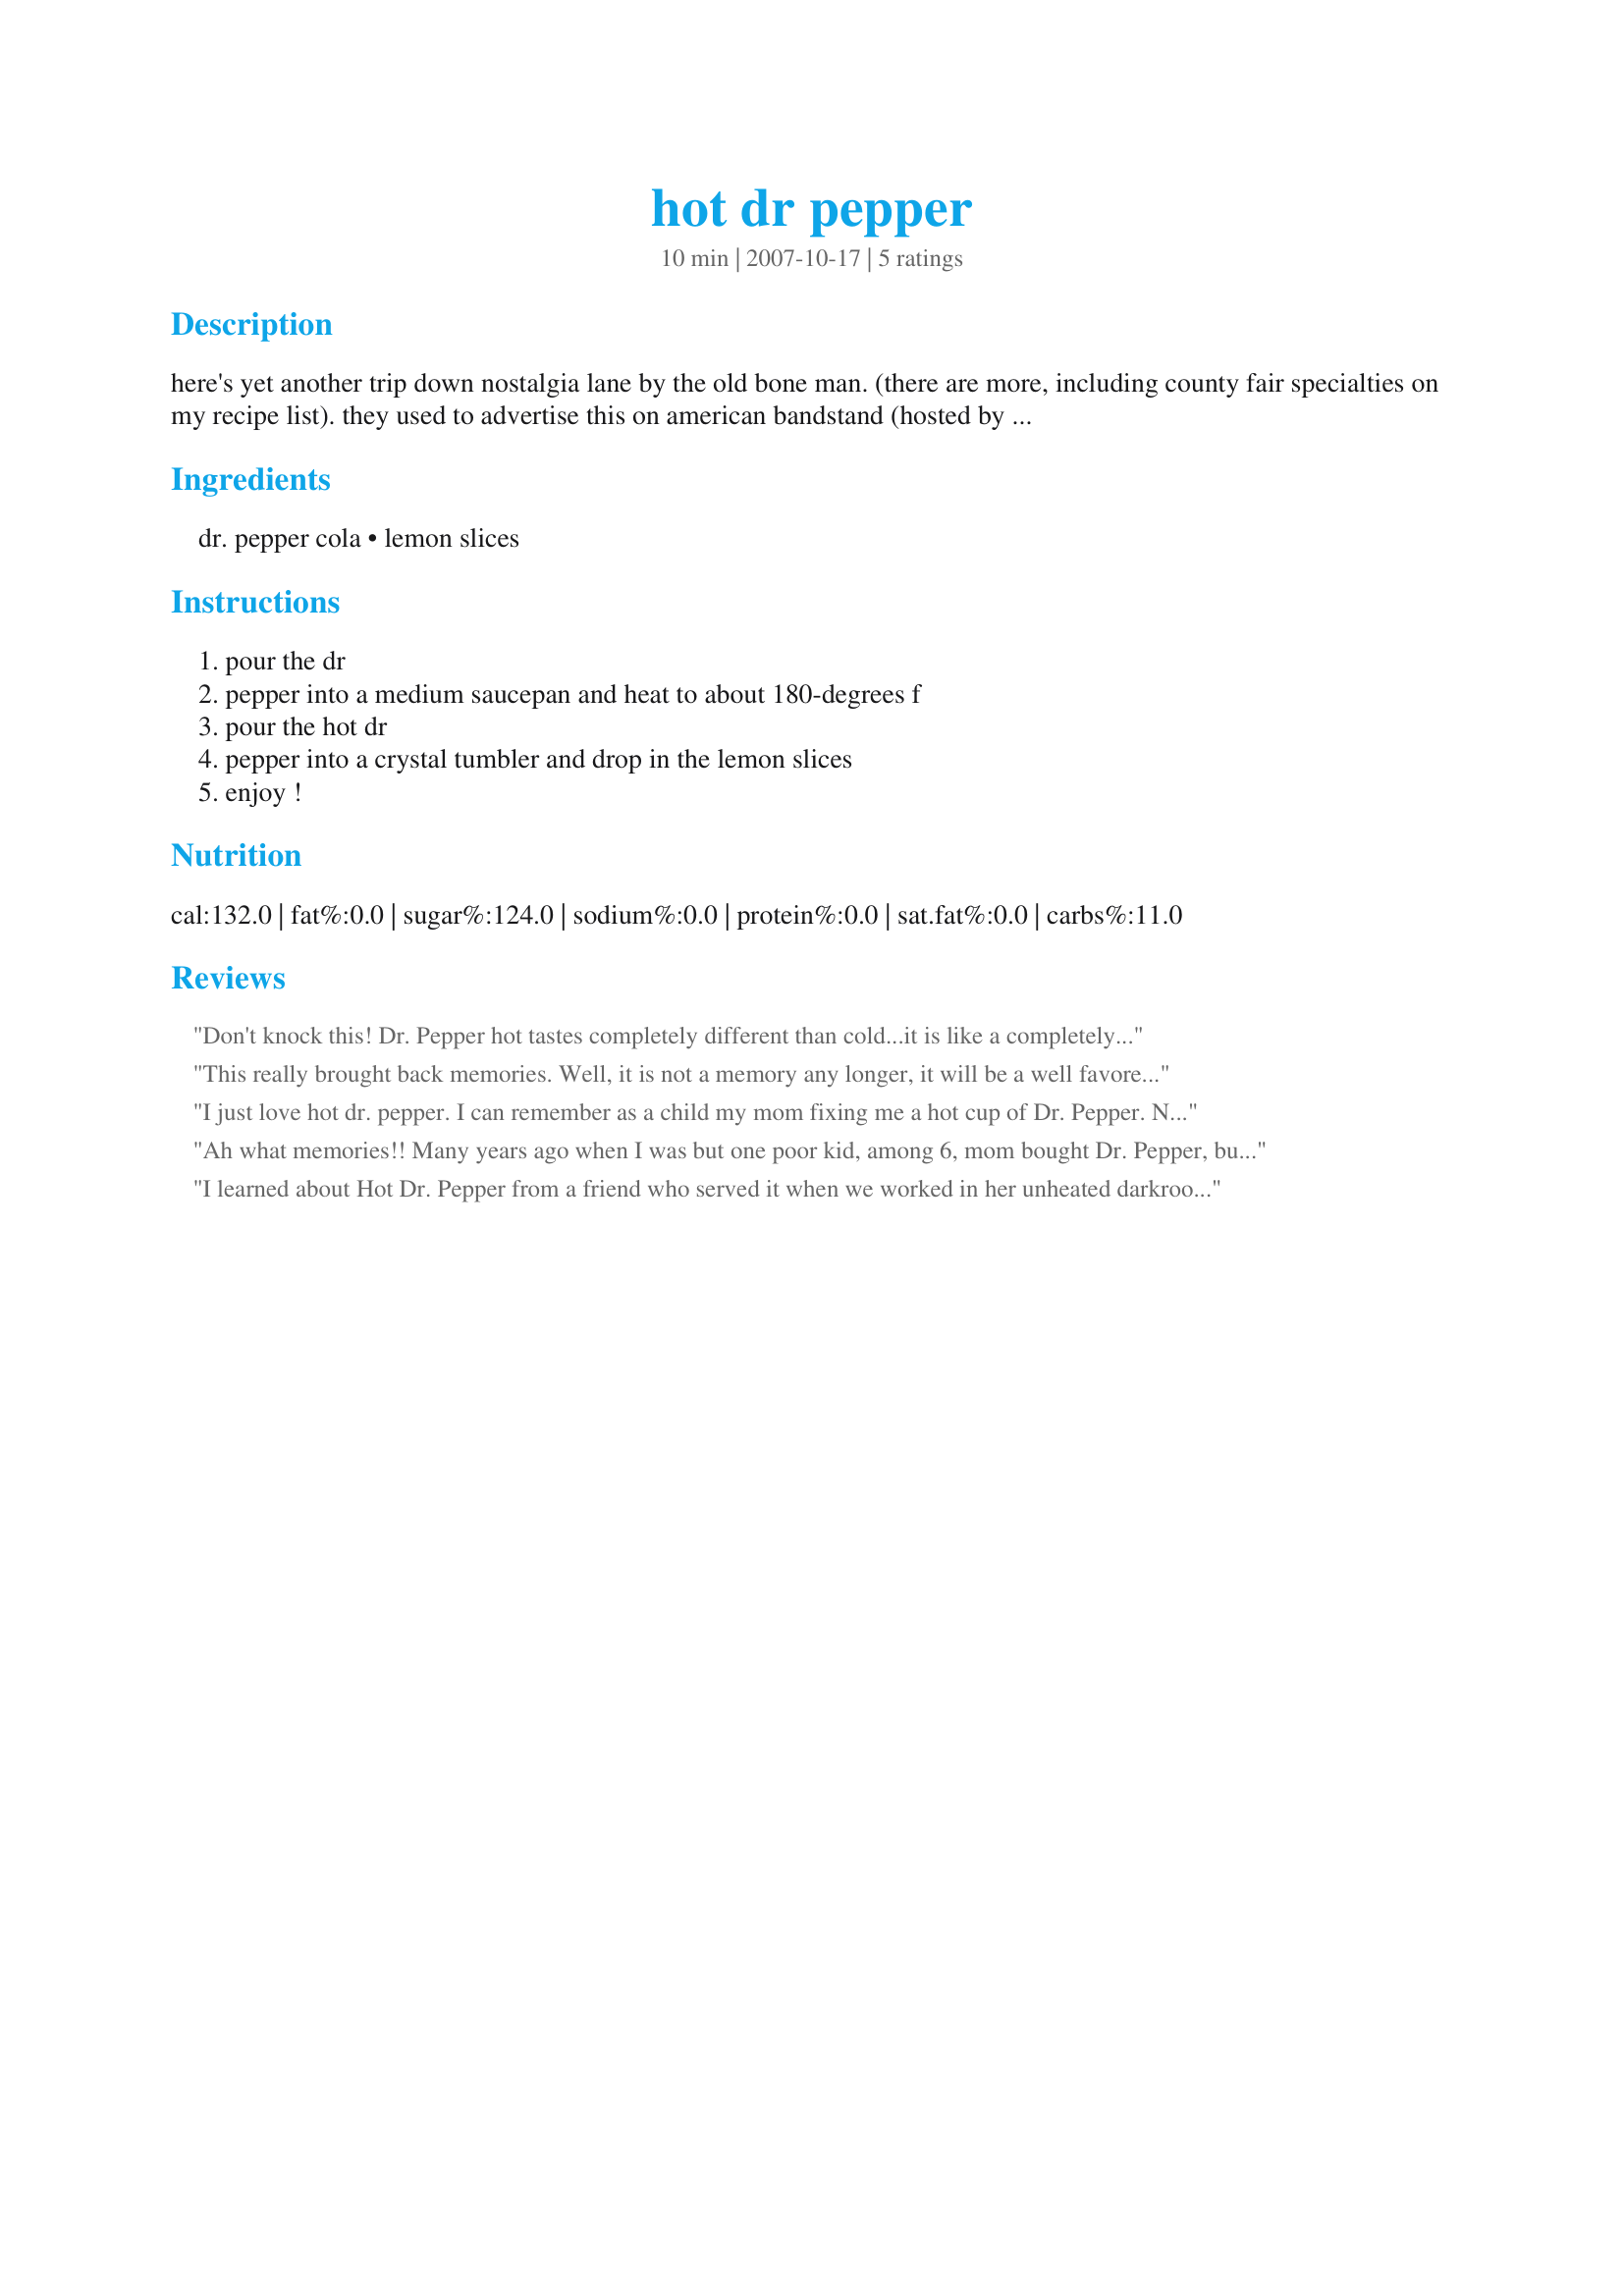
hot dr pepper
Preparation time: 10 minutes

here's yet another trip down nostalgia lane by the old bone man. (there are more, including county fair specialties on my recipe list). they used to advertise this on american bandstand (hosted by dick clark) in the 50s and this drink's popularity finally died out somewhere around the mid-60s. but you can still do it if you have a notion! *.*

Ingredients:
dr. pepper cola, lemon slices

Steps:
pour the dr, pepper into a medium saucepan and heat to about 180-degrees f, pour the hot dr, pepper into a crystal tumbler and drop in the lemon slices, enjoy !

Reviews:
Don't knock this! Dr. Pepper hot tastes completely different than cold...it is like a completely different drink.
This really brought back memories. 
Well, it is not a memory any longer, it will be a well favored beverage for our 16 year old and friends and not just Mom and Dad any more. Thanks for posting!
I just love hot dr. pepper. I can remember as a child my mom fixing me a hot cup of Dr. Pepper. Nice to have ran across this again.
Ah what memories!! Many years ago when I was but one poor kid, among 6, mom bought Dr. Pepper, but two bottles were split among the 6 of us to make it go further. And what a treat it was when we could have it hot with lemon slices! So good in that old farm house when the wind whistled in through the cracks! Try it... You'll love it!
I learned about Hot Dr. Pepper from a friend who served it when we worked in her unheated darkroom developing photographs....I still love it! I use Diet Doctor Pepper now, and I add orange and lemon slices, and squeeze them into the Doctor Pepper. Completely different hot than cold, and the added fruit just makes it wonderful! I&#039;m so glad somebody thought to post this. I had it again on New Year&#039;s Eve this year--better than the wine we bought!
